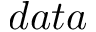
d a t a